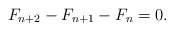
\begin{align*} F_{n+2} - F_{n+1} - F_{n} = 0. \end{align*}